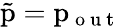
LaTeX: \tilde{\mathrm{p}}=\mathrm{p}_{\mathrm{~o~u~t~}}